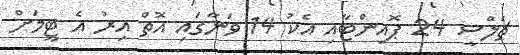
ޗެލްސީ 24 ޕޮއިންޓާއި އެކު 14 ވަނާގައި އޮތް އިރު އެ ޓީމަށް